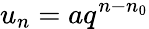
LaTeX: u_{n}=aq^{n-n_{0}}